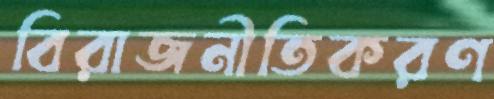
বিরাজনীতিকরণ